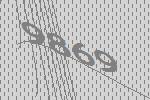
9869